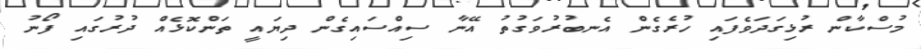
މުސްކާން ރުޅިގަދަވެފައި ހުރެގެން އެނބުރުވަގުތު އޭނާ ސިއްސައިގެން ދިޔައީ ތަންކޮޅެއް ދުރުގައި ފޯނު